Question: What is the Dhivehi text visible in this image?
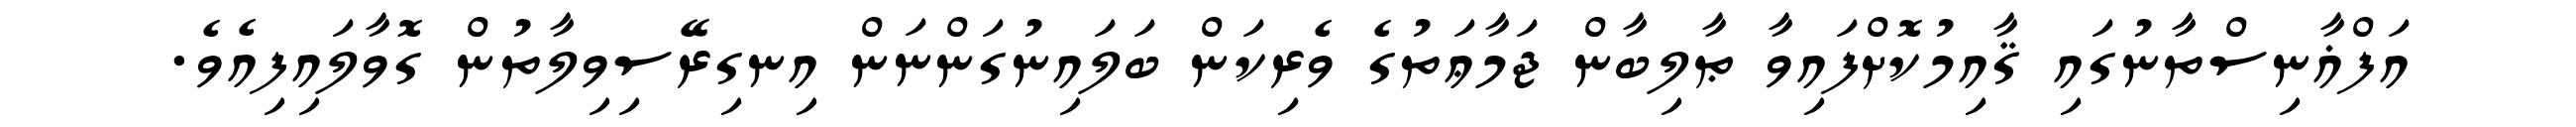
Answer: އަފްޣާނިސްތާނުގައި ޤާއިމުކޮށްފައިވާ ޠާލިބާން ޖަމާޢަތުގެ ވެރިކަން ބަލައިނުގަންނަން އިނގިރޭސިވިލާތުން ގޮވާލައިފިއެވެ.